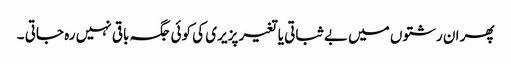
پھر ان رشتوں میں بے ثباتی یا تغیر پزیری کی کوئی جگہ باقی نہیں رہ جاتی ۔